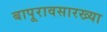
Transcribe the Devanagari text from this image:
बापूरावसारख्या